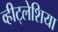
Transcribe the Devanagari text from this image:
व्हीट्लेशिया